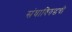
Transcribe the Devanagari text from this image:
संघाविरुद्धची